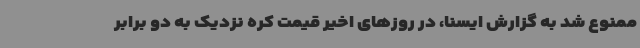
ممنوع شد به گزارش ایسنا، در روزهای اخیر قیمت کره نزدیک به دو برابر